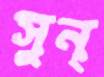
সুন্